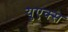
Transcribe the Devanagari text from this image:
युएक्स